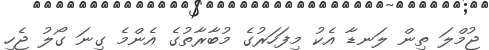
ޖުމްލަ ތިން ލަނޑާ އެކު މިފަހަރުގެ މުބާރާތުގެ އެންމެ ގިނަ ގޯލު ޖެހި